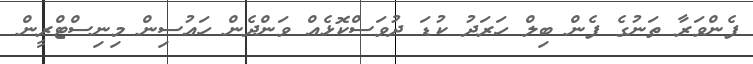
ފެންވަރާ ތަނުގެ ފެން ބިލް ހަރަދު ކުޑަ ދުވަސްކޮޅެއް ވަންދެން ހައުސިން މިނިސްޓްރީން